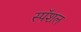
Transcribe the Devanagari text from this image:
स्पॅशल